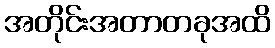
အတိုင်းအတာတခုအထိ